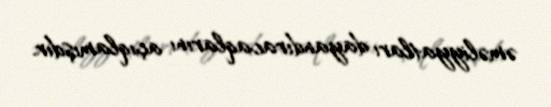
əməliyyatları dayandıracaqlarını açıqlamışdır.